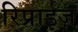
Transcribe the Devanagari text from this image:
रिप्राईज़